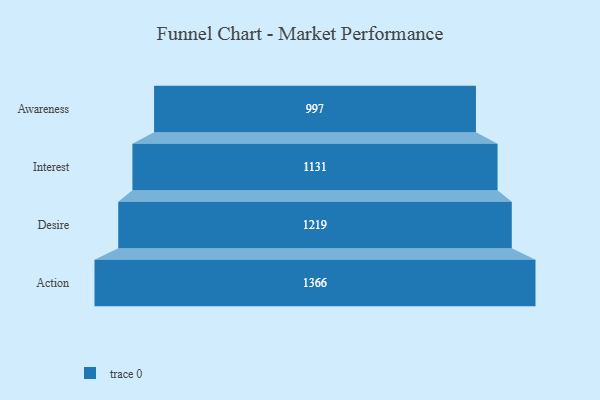
{"axis": {"x": "Stage", "y": "Value"}, "legend": [""], "data": [{"x": "Awareness", "y": 997.0, "type": ""}, {"x": "Interest", "y": 1131.0, "type": ""}, {"x": "Desire", "y": 1219.0, "type": ""}, {"x": "Action", "y": 1366.0, "type": ""}]}